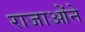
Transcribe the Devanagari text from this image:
राजाओंने